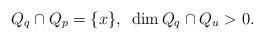
LaTeX: \begin{align*}Q_q\cap Q_p=\{x\}, ~\dim Q_q\cap Q_u>0.\end{align*}